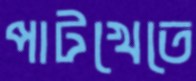
পাটখেতে